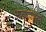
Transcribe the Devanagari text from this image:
आटपणाऱ्या